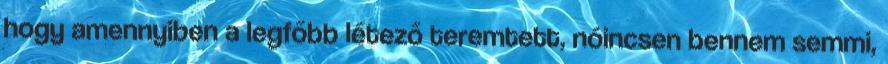
hogy amennyiben a legfőbb létező teremtett, nóincsen bennem semmi,